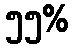
၅၅%